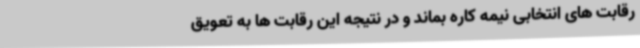
رقابت های انتخابی نیمه کاره بماند و در نتیجه این رقابت ها به تعویق